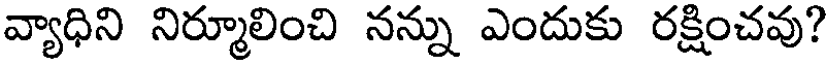
వ్యాధిని నిర్మూలించి నన్ను ఎందుకు రక్షించవు?